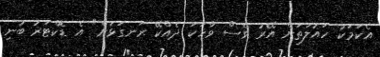
އެކަމަކު ހައުލަތަށް އޭރު ވެސް ވާހަކަ ދެއްކޭ ރަނގަޅަށް" އެ ޑޮކްޓަރު ބުނި